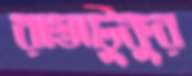
রাস্তাটুকুর